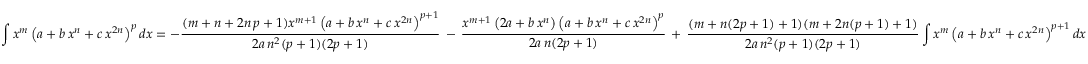
\int x ^ { m } \left( a + b \, x ^ { n } + c \, x ^ { 2 n } \right) ^ { p } d x = - { \frac { ( m + n + 2 n \, p + 1 ) x ^ { m + 1 } \left( a + b \, x ^ { n } + c \, x ^ { 2 n } \right) ^ { p + 1 } } { 2 a \, n ^ { 2 } ( p + 1 ) ( 2 p + 1 ) } } \, - \, { \frac { x ^ { m + 1 } \left( 2 a + b \, x ^ { n } \right) \left( a + b \, x ^ { n } + c \, x ^ { 2 n } \right) ^ { p } } { 2 a \, n ( 2 p + 1 ) } } \, + \, { \frac { ( m + n ( 2 p + 1 ) + 1 ) ( m + 2 n ( p + 1 ) + 1 ) } { 2 a \, n ^ { 2 } ( p + 1 ) ( 2 p + 1 ) } } \int x ^ { m } \left( a + b \, x ^ { n } + c \, x ^ { 2 n } \right) ^ { p + 1 } d x